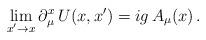
LaTeX: \begin{align*}\lim_{x'\to x} \partial_\mu^x \, U(x,x') = i g \, A_\mu(x) \,.\end{align*}